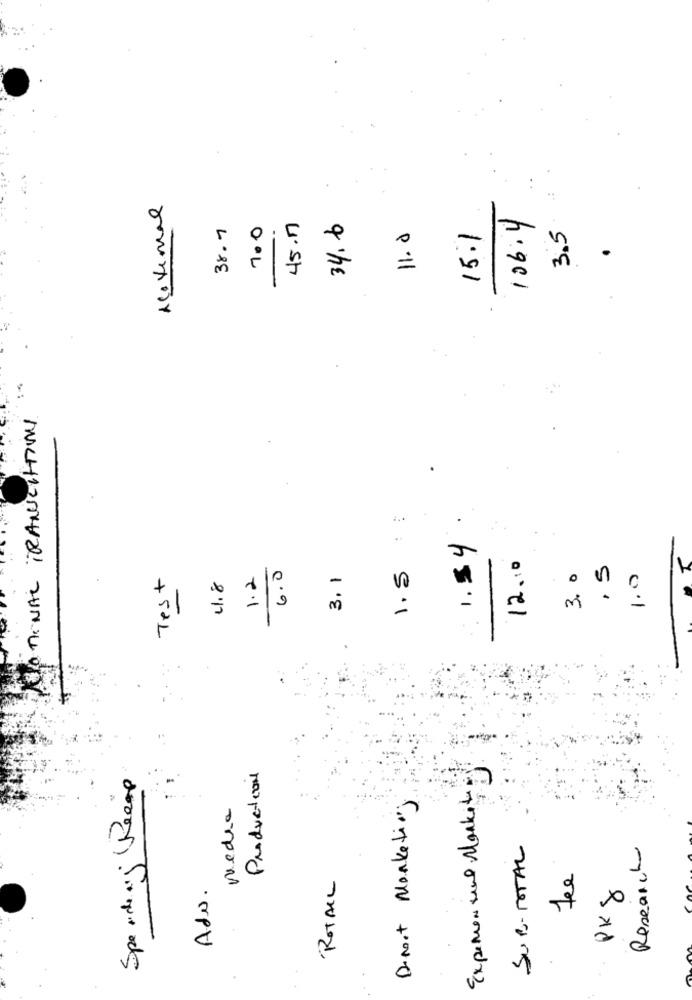
AcoVemal
106:4
38.7
700
45.17
34.6
3.5
11.0
15.1
PROTIONAL TRANSCRITO
1.54
12.10
6.0
1.5
3.0
.5
Test
1.2
3.1
1.0
1.8
Spending (Reemp
Production
Experien une Market
Diroot Marketing
vedra
SUB-TOTAL
Research
Fee
Ado.
ROTAIL
PK8